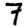
Digit: 7